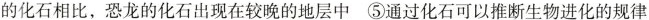
的化石相比，恐龙的化石出现在较晚的地层中⑤通过化石可以推断生物进化的规律